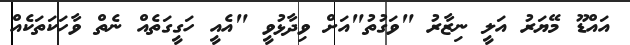
އައްޑޫ މޭޔަރު އަލީ ނިޒާރު "ވަގުތު"އަށް ވިދާޅުވީ "އެއީ ހަގީގަތެއް ނެތް ވާހަކަތަކެއް